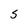
Character: S